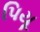
પિયૂ